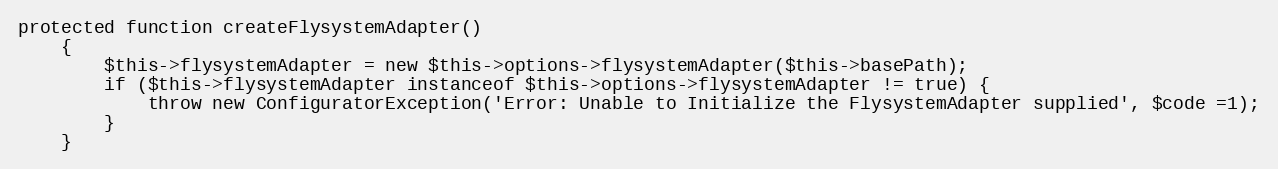
Language: PHP
protected function createFlysystemAdapter()
    {
        $this->flysystemAdapter = new $this->options->flysystemAdapter($this->basePath);
        if ($this->flysystemAdapter instanceof $this->options->flysystemAdapter != true) {
            throw new ConfiguratorException('Error: Unable to Initialize the FlysystemAdapter supplied', $code =1);
        }
    }